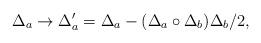
LaTeX: \begin{align*}\Delta_{a}\rightarrow\Delta_{a}^{\prime }=\Delta_{a}-(\Delta_{a}\circ \Delta _{b})\Delta _{b}/2,\end{align*}